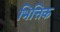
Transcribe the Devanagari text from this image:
भित्तिक